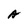
Character: A